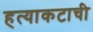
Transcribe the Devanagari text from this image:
हत्याकटाची